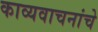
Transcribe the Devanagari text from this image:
काव्यवाचनांचे